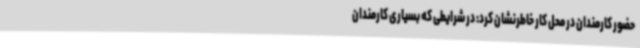
حضور کارمندان در محل کار خاطرنشان کرد: در شرایطی که بسیاری کارمندان